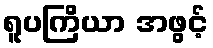
ရူပကြိယာ အဖွင့်